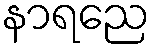
နာရညေ